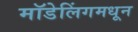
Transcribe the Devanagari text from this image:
मॉडेलिंगमधून